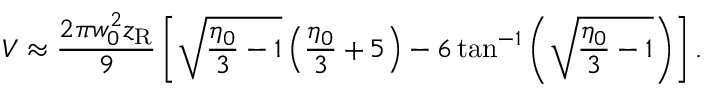
V \approx \frac { 2 \pi w _ { 0 } ^ { 2 } z _ { \mathrm { R } } } { 9 } \left[ \sqrt { \frac { \eta _ { 0 } } { 3 } - 1 } \left( \frac { \eta _ { 0 } } { 3 } + 5 \right) - 6 \tan ^ { - 1 } \left( \sqrt { \frac { \eta _ { 0 } } { 3 } - 1 } \right) \right] .